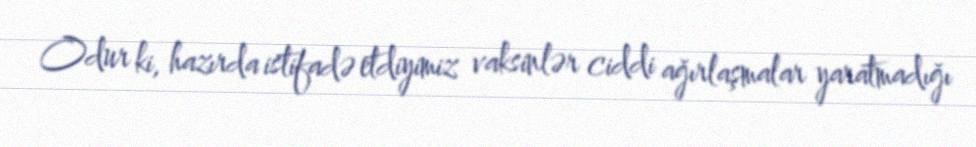
Odur ki, hazırda istifadə etdiyimiz vaksinlər ciddi ağırlaşmalar yaratmadığı